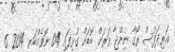
އަރިދަފުސް ރޯގާ ނިންޖާ ވަރަށް ބޮޑަށް ގުޅިފައި 04 ނޮވެމްބަރ 2014 6